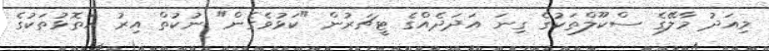
މިއަދު މާލޭގެ ސްކޫލްތަކުގެ ގިނަ އަދަދެއްގެ ޓީޗަރުން "ކަޅުވެގެން" ނުކުތް އިރު އަތޮޅުތަކުގެ